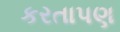
કરતાપણ